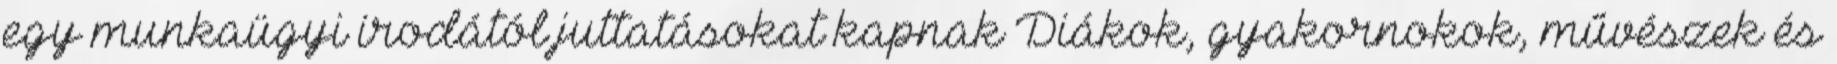
egy munkaügyi irodától juttatásokat kapnak Diákok, gyakornokok, művészek és